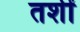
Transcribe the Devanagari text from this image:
तशीं